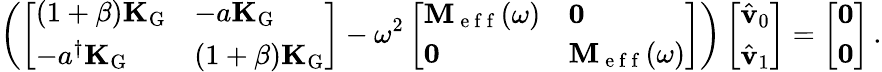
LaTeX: \left(\left[\begin{array}{ll}{(1+\beta)\mathbf{K}_{\mathrm{G}}}&{-a\mathbf{K}_{\mathrm{G}}}\\ {-a^{\dagger}\mathbf{K}_{\mathrm{G}}}&{(1+\beta)\mathbf{K}_{\mathrm{G}}}\end{array}\right]-\omega^{2}\left[\begin{array}{ll}{\mathbf{M}_{\mathrm{~e~f~f~}}(\omega)}&{\mathbf{0}}\\ {\mathbf{0}}&{\mathbf{M}_{\mathrm{~e~f~f~}}(\omega)}\end{array}\right]\right)\left[\begin{array}{l}{\hat{\mathbf{v}}_{0}}\\ {\hat{\mathbf{v}}_{1}}\end{array}\right]=\left[\begin{array}{l}{\mathbf{0}}\\ {\mathbf{0}}\end{array}\right]\, .